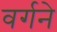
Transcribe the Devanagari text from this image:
वर्गने